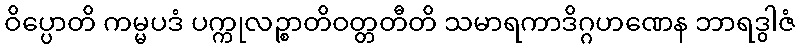
ဝိပ္ပောတိ ကမ္မပဒံ ပက္ကုလဉ္စာတိဝတ္တတီတိ သမာရကာဒိဂ္ဂဟဏေန ဘာရဒွါဇံ